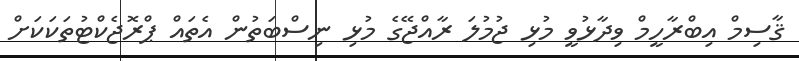
ޤާސިމް އިބްރާހީމް ވިދާޅުވީ މުޅި ޖުމުލަ ރާއްޖޭގެ މުޅި ނިސްބަތުން އެތައް ޕްރޮޖެކްޓުތަކަކަށް